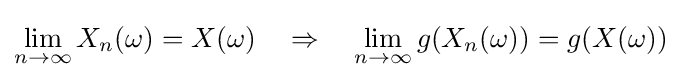
\lim _{n\to \infty }X_{n}(\omega )=X(\omega )\quad \Rightarrow \quad \lim _{n\to \infty }g(X_{n}(\omega ))=g(X(\omega ))